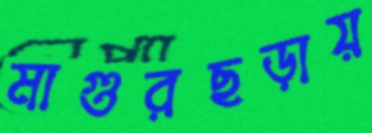
মাগুরছড়ায়